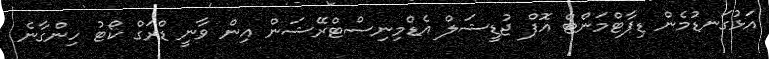
އަޅުގަނޑުމެން ޑިޕާޓްމަންޓް އޮފް ޖުޑީޝަލް އެޑްމިނިސްޓްރޭޝަން އިން ވާނީ ޑްރަގް ކޯޓު ހިންގާނެ